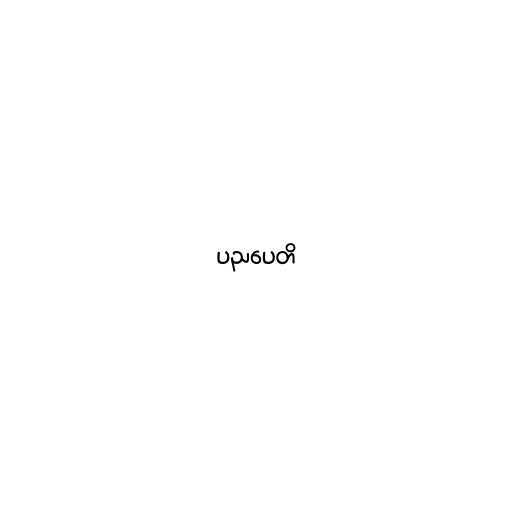
ပညပေတိ